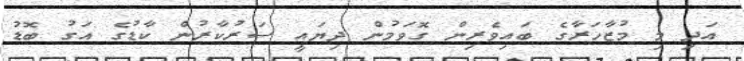
އަދި މި މުޒާހަރާގެ ބައިވެރިން ގޮވަމުން ދިޔައީ ސަރުކާރުން ކާޑުގެ އަގު ބޮޑު